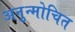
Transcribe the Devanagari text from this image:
अनुन्मोचित